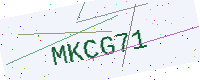
Text: MKCG71